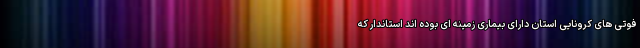
فوتی های کرونایی استان دارای بیماری زمینه ای بوده اند استاندار که